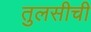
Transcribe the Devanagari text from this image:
तुलसीची